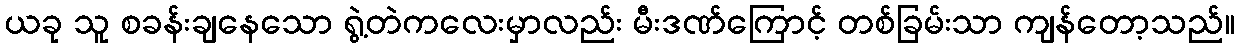
ယခု သူ စခန်းချနေသော ရွဲ့တဲကလေးမှာလည်း မီးဒဏ်ကြောင့် တစ်ခြမ်းသာ ကျန်တော့သည်။